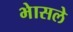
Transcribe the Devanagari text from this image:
भेासले